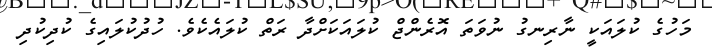
މަހުގެ ކުލައަކީ ނާރިނގު ނުވަތަ އޮރެންޖް ކުލައަކަށްދާ ރަތް ކުލައެކެވެ. ހުދުކުލައިގެ ކުދިކުދި